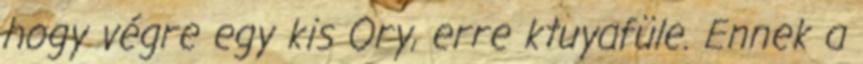
hogy végre egy kis Ory, erre ktuyafüle. Ennek a